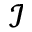
\mathcal { I }